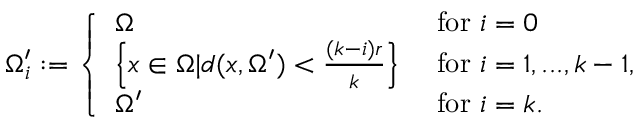
\begin{array} { r } { \Omega _ { i } ^ { \prime } : = \left\{ \begin{array} { l l } { \Omega } & { \mathrm { ~ f o r ~ } i = 0 } \\ { \left\{ x \in \Omega | d ( x , \Omega ^ { \prime } ) < \frac { ( k - i ) r } { k } \right\} } & { \mathrm { ~ f o r ~ } i = 1 , . . . , k - 1 , } \\ { \Omega ^ { \prime } } & { \mathrm { ~ f o r ~ } i = k . } \end{array} \right. } \end{array}